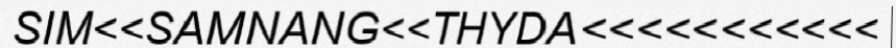
SIM<<SAMNANG<<THYDA<<<<<<<<<<<